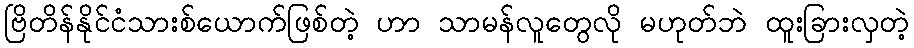
ဗြိတိန်နိုင်ငံသားစ်ယောက်ဖြစ်တဲ့ ဟာ သာမန်လူတွေလို မဟုတ်ဘဲ ထူးခြားလှတဲ့